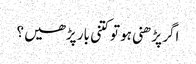
اگر پڑھنی ہو تو کتنی بار پڑھیں ؟